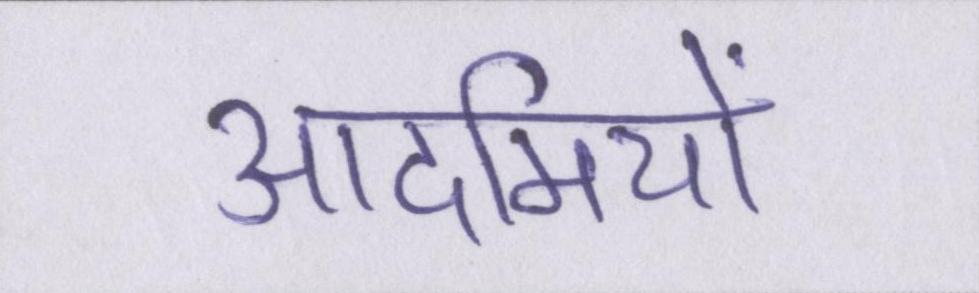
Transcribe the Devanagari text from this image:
आदमियों